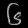
Digit: ၆